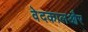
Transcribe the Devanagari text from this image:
वेदकालऔर